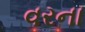
વરના